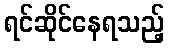
ရင်ဆိုင်နေရသည့်